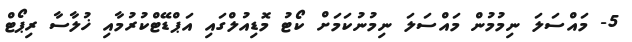
5- މައްސަލަ ނިމުމުން މައްސަލަ ނިމުނުކަމަށް ކޯޓު މޮޑިއުލްގައި އަޕްޑޭޓްކުރުމާއި ޚުލާސާ ރިޕޯޓް